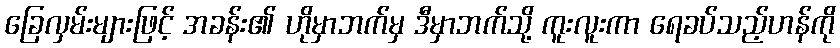
ခြေလှမ်းများဖြင့် အခန်း၏ ဟိုမှာဘက်မှ ဒီမှာဘက်သို့ ကူးလူးကာ ရေခပ်သည့်ဟန်ကို